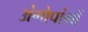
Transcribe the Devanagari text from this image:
अंगोपांगों